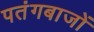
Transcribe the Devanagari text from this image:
पतंगबाजों